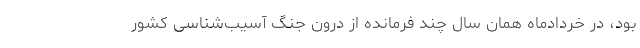
بود، در خردادماه همان سال چند فرمانده از درون جنگ آسیب‌شناسی کشور